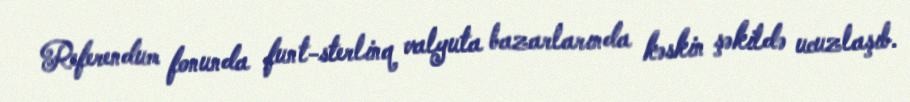
Referendum fonunda funt-sterlinq valyuta bazarlarında kəskin şəkildə ucuzlaşıb.